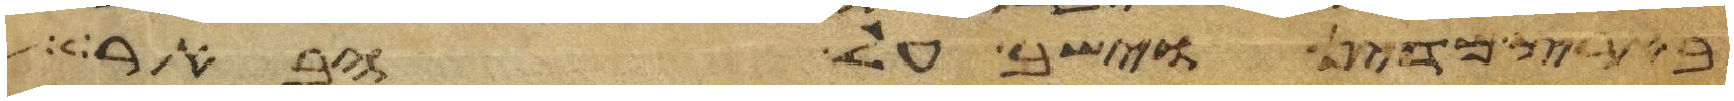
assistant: בארץ מדין וישב על הבאר